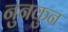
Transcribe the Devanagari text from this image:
नुनकुन